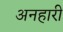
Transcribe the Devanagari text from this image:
अनहारी